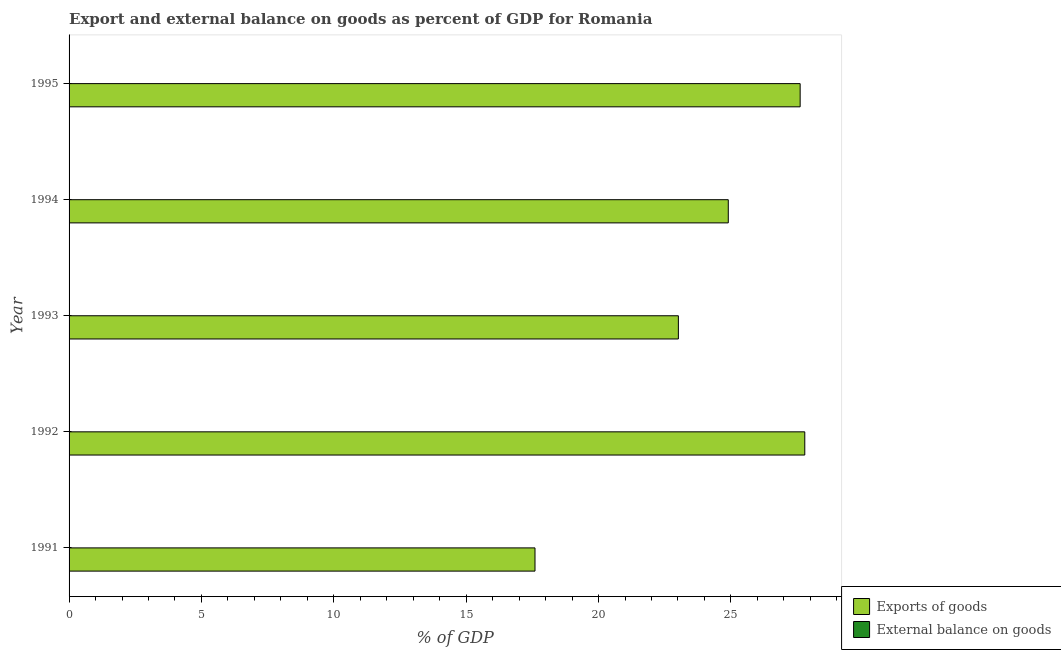
| Year | Exports of goods | External balance on goods |
 | --- | --- | --- |
 | 1991 | 17.6 | -3.93 |
 | 1992 | 27.8 | -8.41 |
 | 1993 | 23 | -4.97 |
 | 1994 | 24.9 | -2.06 |
 | 1995 | 27.6 | -5.6 |